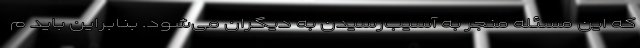
که این مسئله منجر به آسیب‌رسیدن به دیگران می‌شود. بنابراین باید م